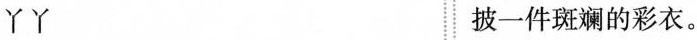
YY 披一件斑斓的彩衣。